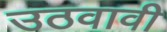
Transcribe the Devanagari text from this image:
उठवावी